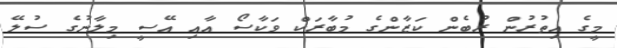
މީގެ އިތުރުން ރުބެން ކަޒާންގެ މުބާރަކް ވަކާސޯ އާއި އޭސީ މިލާނުގެ ސުލޭ